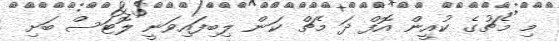
މި މެޗުގެ ކުއީން އޮފް ދަ މެޗް ކަން ލިބިފައިވަނީ ލޮޓަސް ބަށި